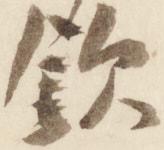
欽